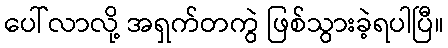
ပေါ်လာလို့ အရှက်တကွဲ ဖြစ်သွားခဲ့ရပါပြီ။